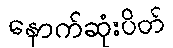
နောက်ဆုံးပိတ်